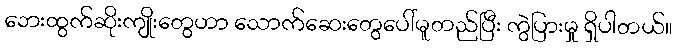
ဘေးထွက်ဆိုးကျိုးတွေဟာ သောက်ဆေးတွေပေါ်မူတည်ပြီး ကွဲပြားမှု ရှိပါတယ်။